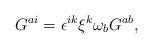
LaTeX: \begin{align*}G^{ai} = \epsilon^{ik} \xi^{k} \omega_{b} G^{ab},\end{align*}